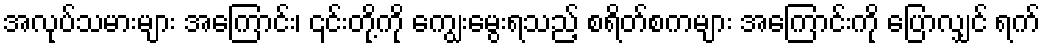
အလုပ်သမားများ အကြောင်း၊ ၎င်းတို့ကို ကျွေးမွေးရသည့် စရိတ်စကများ အကြောင်းကို ပြောလျှင် ရက်